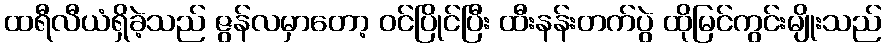
ထရီလီယံရှိခဲ့သည် ဇွန်လမှာတော့ ဝင်ပြိုင်ပြီး ထီးနန်းတက်ပွဲ ထိုမြင်ကွင်းမျိုးသည်